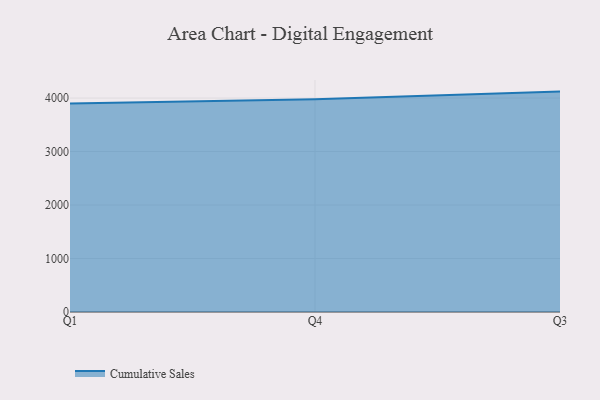
{"axis": {"x": "Quarter", "y": "Page Views"}, "legend": ["Cumulative Sales"], "data": [{"x": "Q1", "y": 3896.8, "type": "Cumulative Sales"}, {"x": "Q4", "y": 3978.1, "type": "Cumulative Sales"}, {"x": "Q3", "y": 4120.5, "type": "Cumulative Sales"}]}